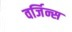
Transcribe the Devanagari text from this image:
वर्जिन्स